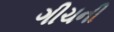
ગીચની